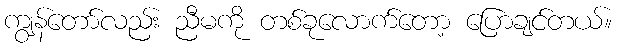
ကျွန်တော်လည်း ညီမကို တစ်ခုလောက်တော့ ပြောချင်တယ်။